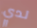
لدي